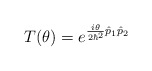
\begin{align*}T(\theta)=e^{\frac{i\theta}{2\hbar^2}\hat{p}_1\hat{p}_2}\end{align*}